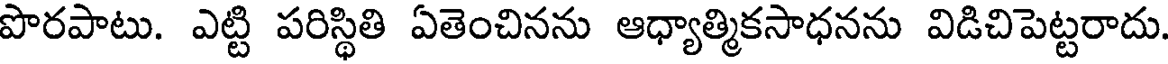
పొరపాటు. ఎట్టి పరిస్థితి ఏతెంచినను ఆధ్యాత్మికసాధనను విడిచిపెట్టరాదు.